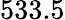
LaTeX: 533.5